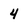
Character: 4